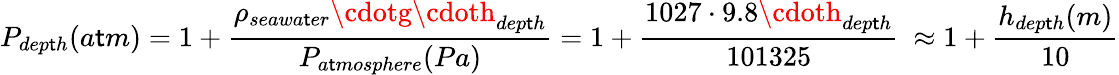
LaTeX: P_{dep\mathsf{t}h}(a\mathsf{t}m)=1+{\frac{{\rho_{seawa\mathsf{t}er}\cdotg\cdoth_{dep\mathsf{t}h}}}{{P_{a\mathsf{t}mosphere}(Pa)}}}=1+{\frac{{1027\cdot9.8\cdoth_{dep\mathsf{t}h}}}{{101325}}}\ \approx1+{\frac{{h_{dep\mathsf{t}h}(m)}}{{10}}}